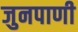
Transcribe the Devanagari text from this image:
जुनपाणी